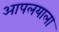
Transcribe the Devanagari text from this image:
आपलयाला